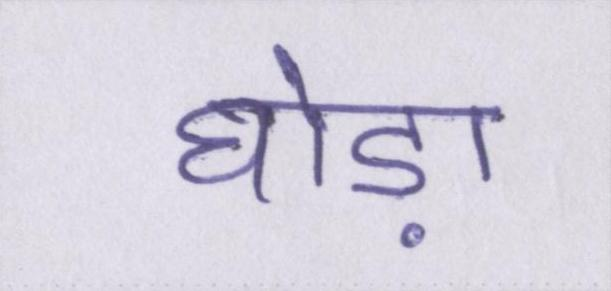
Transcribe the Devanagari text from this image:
घोड़ा